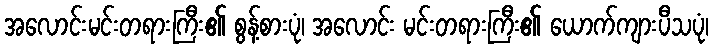
အလောင်းမင်းတရားကြီး၏ စွန့်စားပုံ၊ အလောင်း မင်းတရားကြီး၏ ယောက်ကျားပီသပုံ၊